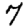
Digit: 7